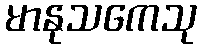
မာနုသကေသု